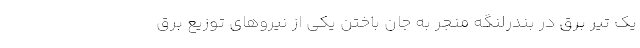
یک تیر برق در بندرلنگه منجر به جان باختن یکی از نیروهای توزیع برق